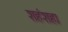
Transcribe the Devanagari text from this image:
शहंशहा